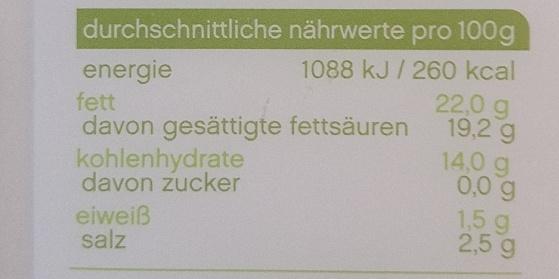
energie fett davon gesättigte fettsäuren kohlenhydrate
durchschnittliche nährwerte pro 100g 1088 kJ/ 260 kcal 22,0 g 19,2 g 14,0 g 0,0g
davon zucker
eiweiß salz
1,5 g 2,5 g